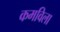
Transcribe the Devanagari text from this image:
कमविला